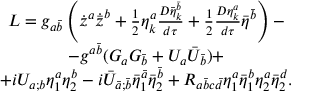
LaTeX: \begin{array} { c } { { { \cal L } = g _ { a { \bar { b } } } \left( { \dot { z } } ^ { a } { \dot { \bar { z } } } ^ { b } + \frac 1 2 \eta _ { k } ^ { a } \frac { D { \bar { \eta } } _ { k } ^ { \bar { b } } } { d \tau } + \frac 1 2 \frac { D \eta _ { k } ^ { a } } { d \tau } \bar { \eta } ^ { \bar { b } } \right) - } } \\ { { - g ^ { a { \bar { b } } } ( G _ { a } G _ { \bar { b } } + { U } _ { a } { \bar { U } } _ { \bar { b } } ) + } } \\ { { + i U _ { a ; b } \eta _ { 1 } ^ { a } \eta _ { 2 } ^ { b } - i { \bar { U } } _ { \bar { a } ; \bar { b } } { \bar { \eta } } _ { 1 } ^ { \bar { a } } { \bar { \eta } } _ { 2 } ^ { \bar { b } } + R _ { a \bar { b } c \bar { d } } \eta _ { 1 } ^ { a } \bar { \eta } _ { 1 } ^ { b } \eta _ { 2 } ^ { a } \bar { \eta } _ { 2 } ^ { d } . } } \end{array}